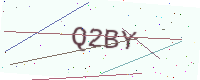
Text: Q2BY